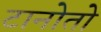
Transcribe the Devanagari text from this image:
टानोतो